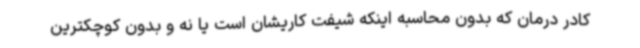
کادر درمان که بدون محاسبه اینکه شیفت کاریشان است یا نه و بدون کوچکترین